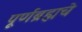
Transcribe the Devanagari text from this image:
पूर्णब्रह्मचे